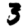
Digit: 3